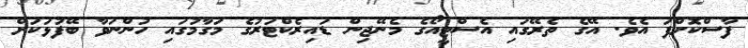
ފާސްކޮށްފަ އެވެ. އޭގެ ތެރޭގައި އެސްޓީއޯގެ މެނޭޖިން ޑައިރެކްޓަރުގެ މަގާމުގައި ހުންނަވާ ބޭފުޅަކަށް